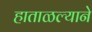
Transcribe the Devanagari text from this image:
हाताळल्याने